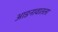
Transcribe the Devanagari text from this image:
आडनावातला